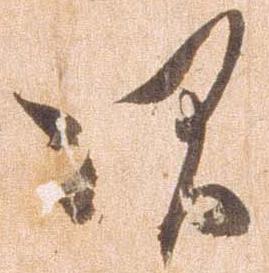
次